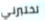
تختبرني